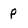
Character: p